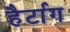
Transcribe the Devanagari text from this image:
हैर्टाग